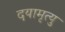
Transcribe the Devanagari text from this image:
दयामृत्यु